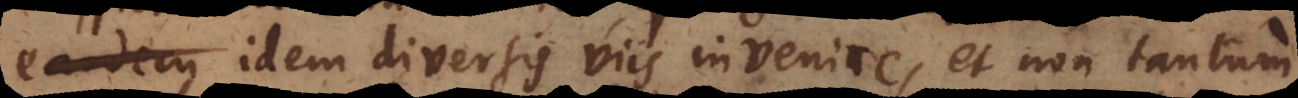
idem diversis viis invenire, et non tantum